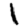
Digit: 1